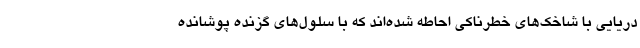
دریایی با شاخک‌های خطرناکی احاطه شده‌اند که با سلول‌های گزنده پوشانده